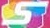
S